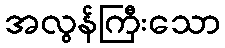
အလွန်ကြီးသော